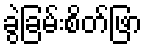
ခွဲခြမ်းစိတ်ဖြာ